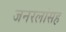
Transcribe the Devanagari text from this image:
जनरलांसह